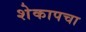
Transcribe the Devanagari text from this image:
शेकापचा